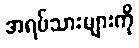
အရပ်သားများကို